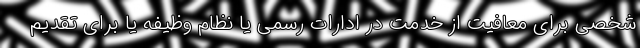
شخصی برای معافیت از خدمت در ادارات رسمی یا نظام وظیفه یا برای تقدیم